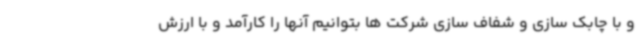
و با چابک سازی و شفاف سازی شرکت ها بتوانیم آنها را کارآمد و با ارزش